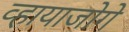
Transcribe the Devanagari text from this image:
व्हायाजोगे